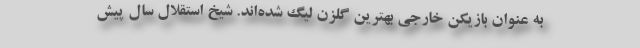
به عنوان بازیکن خارجی بهترین گلزن لیگ شده‌اند. شیخ استقلال سال پیش